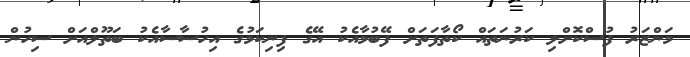
މަންޒަރު ފުސްކޮށްލި ކަރުނަތައް ކޯތާފަތަށް ފޭބުމާއެކު އޭގެ ފިނިކަމުގެ އިހުސާސާއެކު ބަތޫލްއަށް ސިހުން